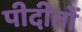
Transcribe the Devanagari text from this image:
पीदीतों